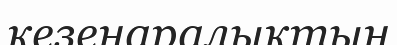
кезеңаралықтың